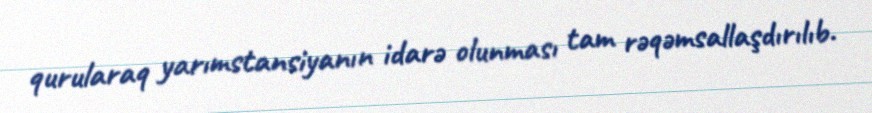
qurularaq yarımstansiyanın idarə olunması tam rəqəmsallaşdırılıb.